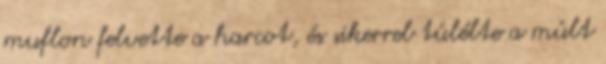
muflon felvette a harcot, és sikerrel túlélte a múlt